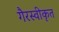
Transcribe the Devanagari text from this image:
गैरस्वीकृत